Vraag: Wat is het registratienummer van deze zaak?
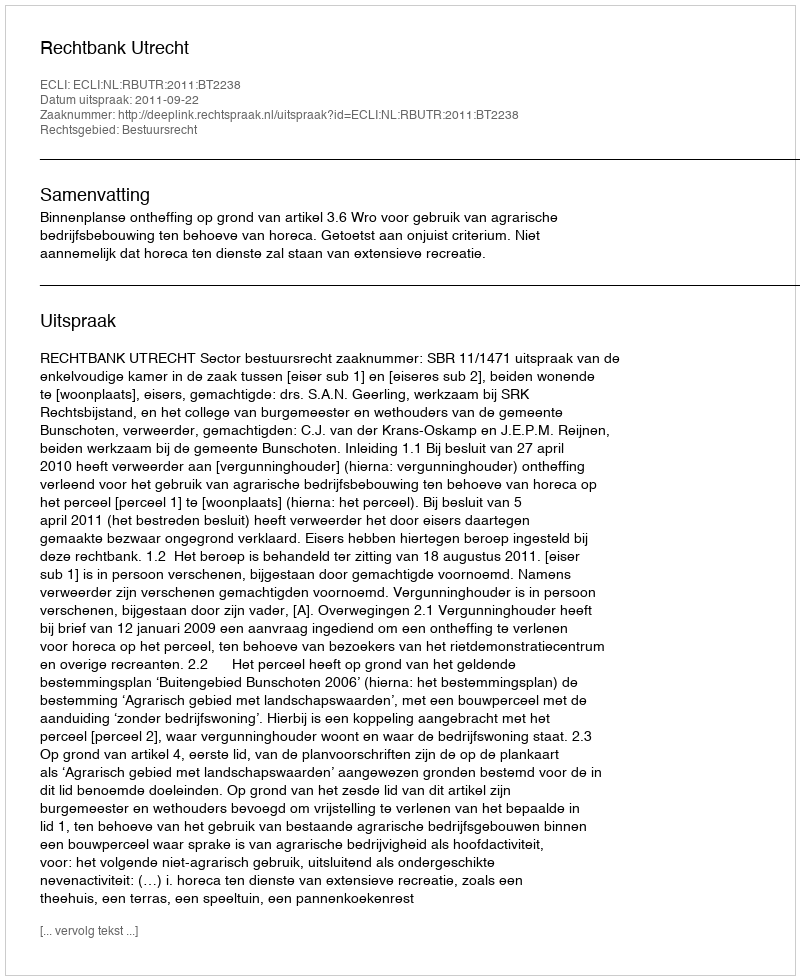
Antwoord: http://deeplink.rechtspraak.nl/uitspraak?id=ECLI:NL:RBUTR:2011:BT2238